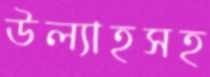
উল্যাহসহ